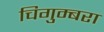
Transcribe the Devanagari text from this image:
चिगुम्बरा